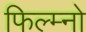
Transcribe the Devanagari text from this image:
फिल्म्नो